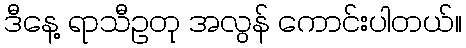
ဒီနေ့ ရာသီဥတု အလွန် ကောင်းပါတယ်။